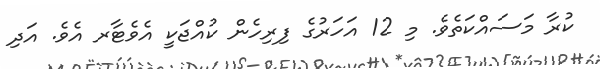
ކުރާ މަސައްކަތެވެ. މި 12 އަހަރުގެ ފިރިހެން ކުއްޖަކީ އެވެޓާރ އެވެ. އަދި